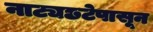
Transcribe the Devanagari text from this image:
नाट्यछटेपासून